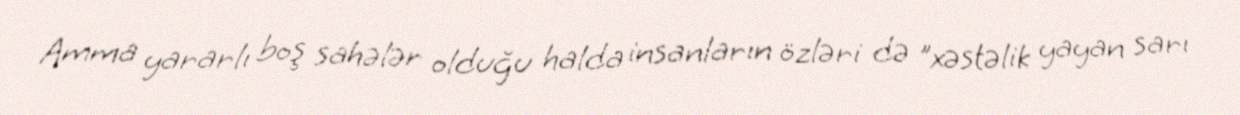
Amma yararlı boş sahələr olduğu halda insanların özləri də "xəstəlik yayan sarı